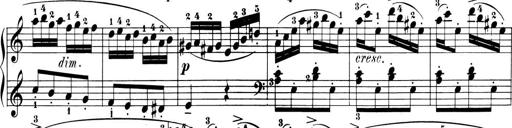
Title: 6 Piano Sonatinas
Composer: Cornelius Gurlitt